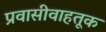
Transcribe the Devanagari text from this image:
प्रवासीवाहतूक